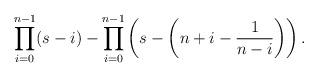
LaTeX: \begin{align*} \prod_{i=0}^{n-1} (s-i) -\prod_{i=0}^{n-1} \left(s-\left(n+i-\frac{1}{n-i}\right) \right). \end{align*}